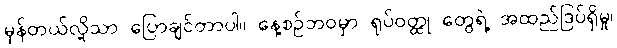
မှန်တယ်လို့သာ ပြောချင်တာပါ။ နေ့စဉ်ဘဝမှာ ရုပ်ဝတ္ထု တွေရဲ့ အထည်ဒြပ်ရှိမှု၊